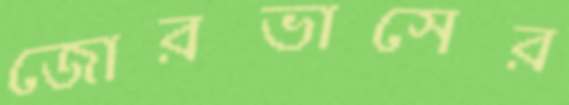
জোরভাসের